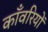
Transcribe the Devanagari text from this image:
काँवरियों